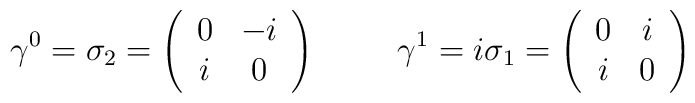
\gamma^0=\sigma_2=\left(\begin{array}{cc}0&-i\\i&0\\\end{array}\right)\hspace{1cm}\gamma^1=i\sigma_1=\left(\begin{array}{cc}0&i\\i&0\\\end{array}\right)